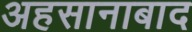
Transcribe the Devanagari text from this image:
अहसानाबाद